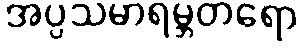
အပ္ပသမာရမ္ဘတရော